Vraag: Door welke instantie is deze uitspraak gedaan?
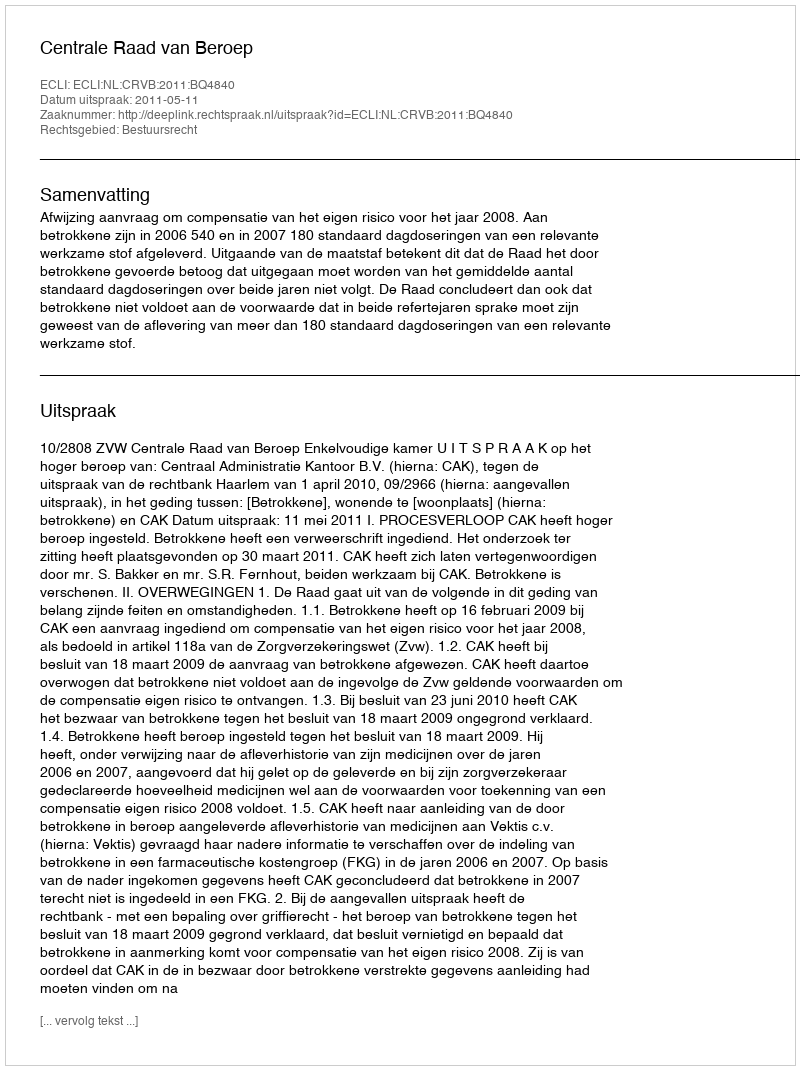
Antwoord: Centrale Raad van Beroep